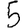
Digit: 5